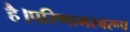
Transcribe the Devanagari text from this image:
है।परिणामस्वरूप